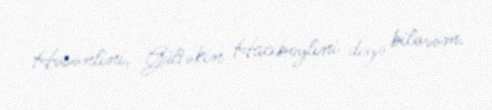
Həsənlini, Gültəkin Hacıbəylini deyə bilərəm.